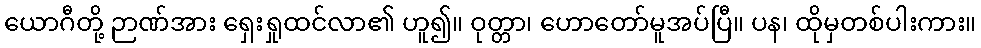
ယောဂီတို့ ဉာဏ်အား ရှေးရှုထင်လာ၏ ဟူ၍။ ဝုတ္တာ၊ ဟောတော်မူအပ်ပြီ။ ပန၊ ထိုမှတစ်ပါးကား။